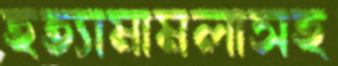
হত্যামামলাসহ